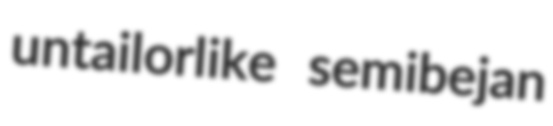
untailorlike semibejan